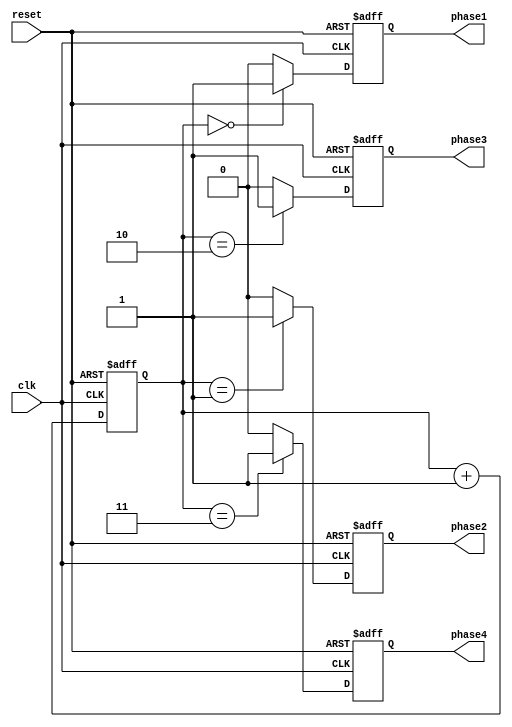
module multi_phase_clock_divider (
    input wire clk,
    input wire reset,
    output reg phase1,
    output reg phase2,
    output reg phase3,
    output reg phase4
);

reg [1:0] counter;

always @(posedge clk or posedge reset) begin
    if (reset) begin
        counter <= 2'b00;
        phase1 <= 1'b0;
        phase2 <= 1'b0;
        phase3 <= 1'b0;
        phase4 <= 1'b0;
    end else begin
        counter <= counter + 1;
        phase1 <= (counter == 2'b00) ? 1'b1 : 1'b0;
        phase2 <= (counter == 2'b01) ? 1'b1 : 1'b0;
        phase3 <= (counter == 2'b10) ? 1'b1 : 1'b0;
        phase4 <= (counter == 2'b11) ? 1'b1 : 1'b0;
    end
end

endmodule